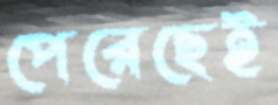
পেরেছেই